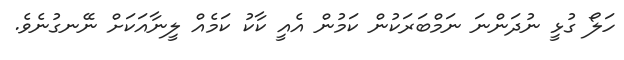
ހަލޯ ގުޅީ ނުދަންނަ ނަމްބަރަކުން ކަމުން އެއީ ކާކު ކަމެއް ލީނާއަކަށް ނޭނގުނެވެ.